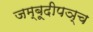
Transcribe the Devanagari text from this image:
जम्बूदीपञ्च